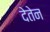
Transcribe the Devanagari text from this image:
देतेन